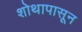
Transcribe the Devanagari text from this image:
शोथापासून